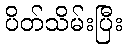
ပိတ်သိမ်းပြီး